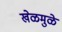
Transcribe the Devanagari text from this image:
खेळमुळे